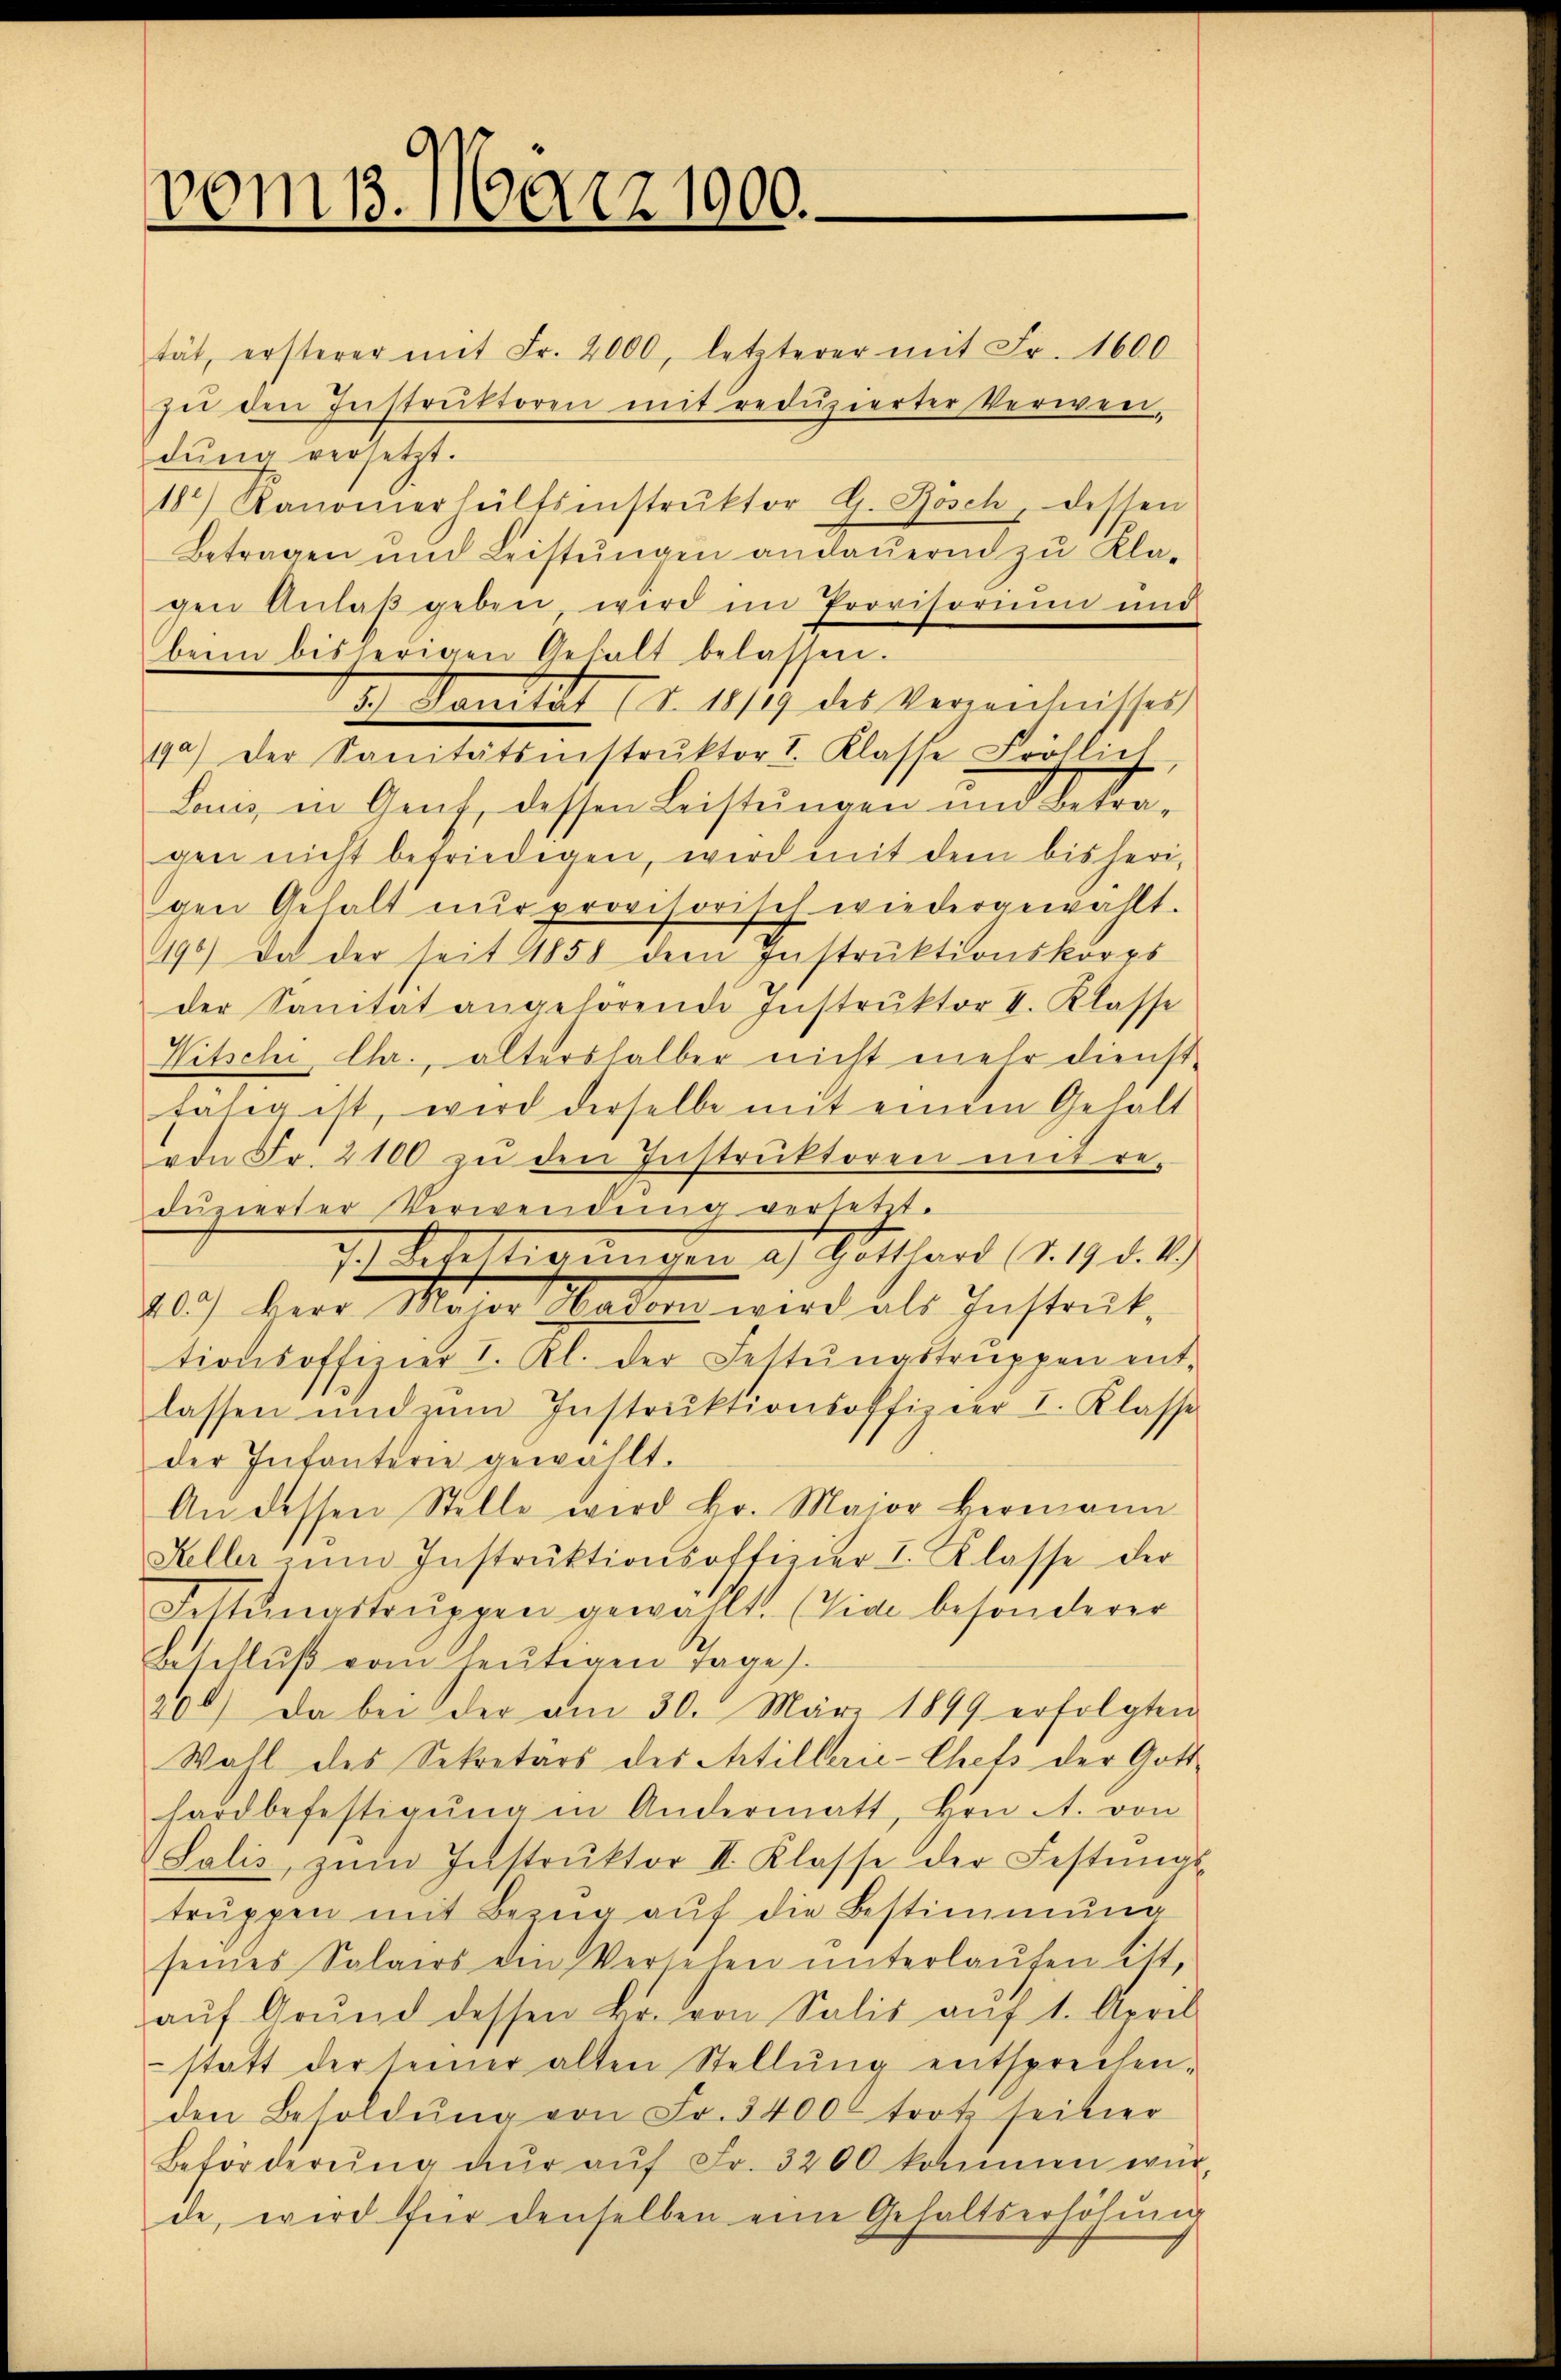
vom 13. März 1900.

tät, ersterer mit Fr. 2000, letzterer mit Fr. 1600
sie den Instrŭktoren mit redŭzierter Verwen-
dung versetzt.
182) Kanonerhältsinstrŭktor G. Bösch, dessen
Betragen und Leistungen andauernd zu Kla-
gen Anlaβ geben wird im Provisorium und
beim bisherigen Gehalt belassen.
12. Janität 11. 1811 des Verwehnissess
9a) der Sanitätsinstrŭktor I. Klasse Fröhlich
dan, in Genf, dessen Leistungen und beträgen nicht befriedigen, wird mit dem bisherigen Gehalt nŭr provisorisch wiedergewählt.
90) Da der seit 1858 dem Instrŭktionskorps
der Sanität angehörende Instrŭktor I. Klasse
Witschi, Chr., altershalber nicht mehr dienstfälig ist, wird derselbe mit einem Gehalt
von Fr. 2100 zŭ den Instrŭktoren mit re-
duzierter Verwendung versetzt.
7.) Stelligungen a. Gotthard (§. 19. d. 19.
20.) Herr Meier Mader wird als Instrat,
tionsoffizier I. Kl. der Festŭngstruppen ent-
lassen und zŭm Instrŭktionsoffizier I. Klasse
der Infanterie gewählt.
An dessen Stelle wird Hr. Maior Hermann
Keller zŭm Instrŭktionsoffizier I. Klasse der
Fettŭngstruppen gewählt. (Viae besonderer
Beschluß vom heutigen Tages.
200) Da bei der am 30. März 1899 erfolgten
Wahl des Sekretärs des Artillerie-Chets der Gott
hardbefestigŭng in Andermatt, von A. von
Salis, zŭm Instrŭktor II. Klasse der Festŭngs-
trŭppen mit Bezŭg aŭf die Bestimmung
seines Salairs von Versehen unterlaufen litt,
aŭf Grŭnd dessen Fr. von Salis aŭf 1. April
statt der seiner alten Stellŭng entsprechen-
den Besoldŭng von Fr. 3400 trotz seiter
Beförderŭng zŭr aŭf Fr. 3200 kommen wir
de, wird für denselben eine Gehaltserhöhŭng